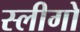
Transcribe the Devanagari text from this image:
स्लीगो